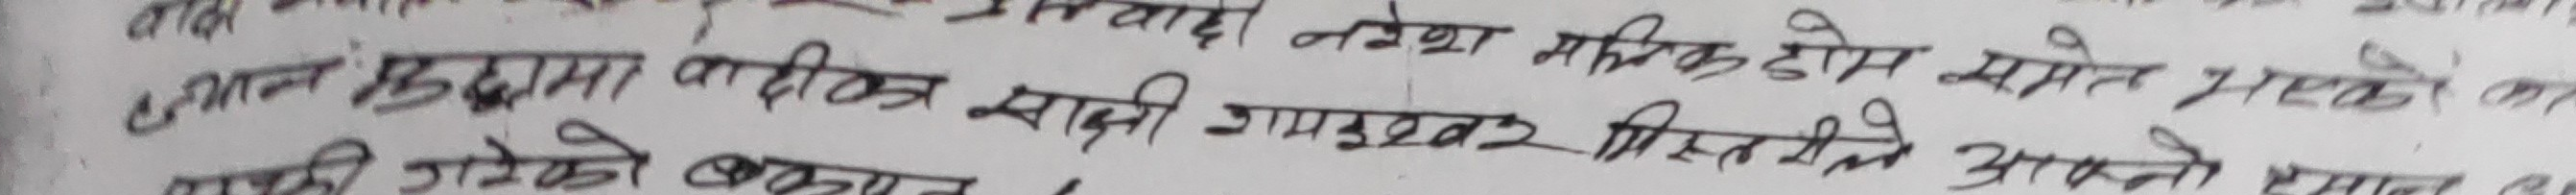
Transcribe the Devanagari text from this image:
नरेश मलिक होम समेत भएको कर
ज्यान मुद्दामा वादी साक्षी गमइबर मिस्तीले आफ्नो इस
की गरेको बान